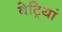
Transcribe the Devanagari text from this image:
बेट्रियां